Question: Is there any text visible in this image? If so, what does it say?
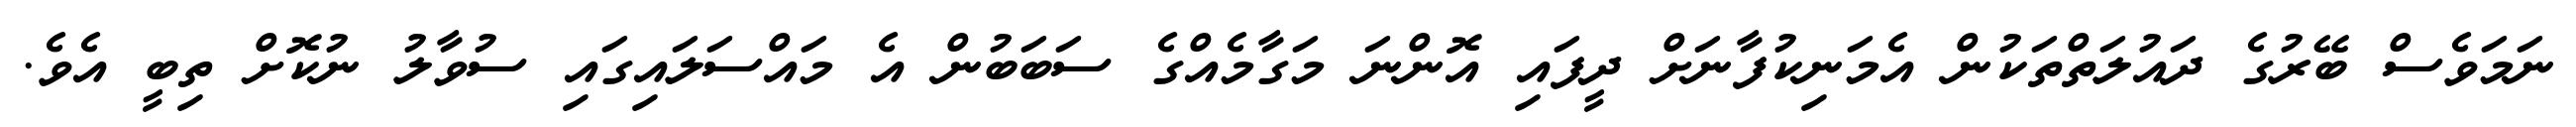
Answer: ނަމަވެސް ބޭރުގެ ދައުލަތްތަކުން އެމަނިކުފާނަށް ދީފައި އޮންނަ މަގާމެއްގެ ސަބަބުން އެ މައްސަލައިގައި ސުވާލު ނުކޮށް ތިބީ އެވެ.